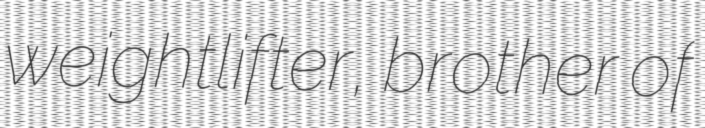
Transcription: weightlifter, brother of